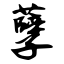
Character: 孽